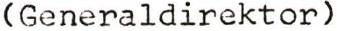
(Generaldirektor)